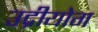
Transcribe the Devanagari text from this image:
उद्रीयोग